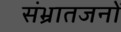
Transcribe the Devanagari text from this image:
संभ्रातजनों